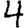
Digit: 4